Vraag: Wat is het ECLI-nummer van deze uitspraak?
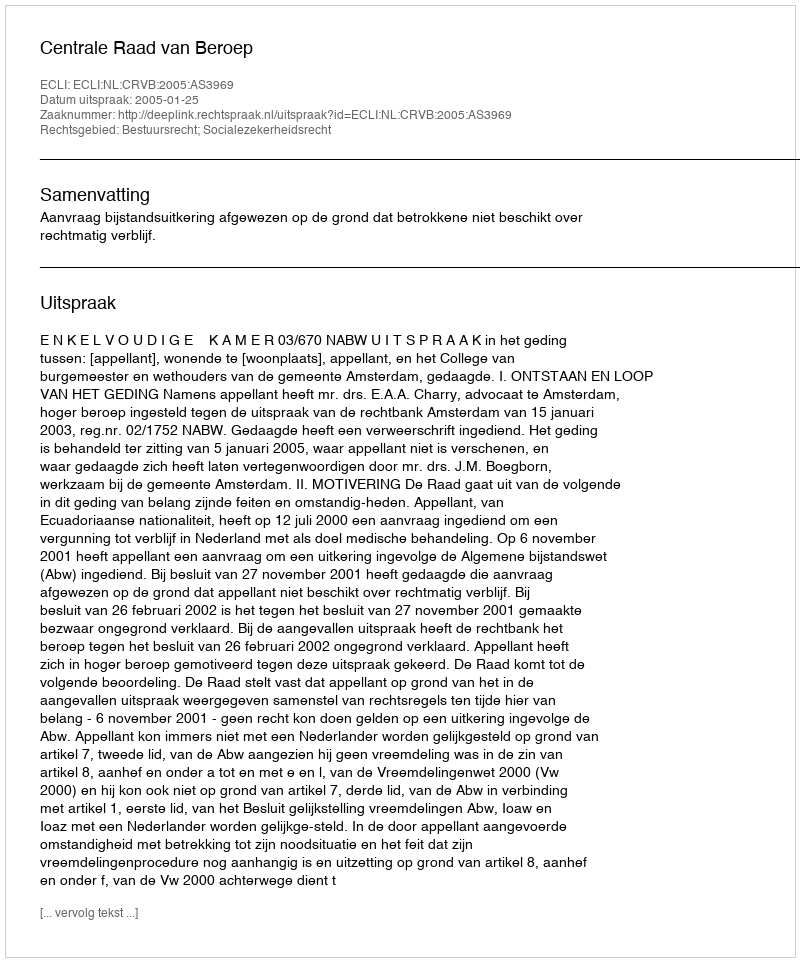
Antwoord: ECLI:NL:CRVB:2005:AS3969